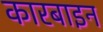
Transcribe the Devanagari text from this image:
कारबाइन